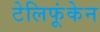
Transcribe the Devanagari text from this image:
टेलिफूंकेन